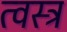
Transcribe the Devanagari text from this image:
त्वस्त्र